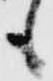
も